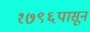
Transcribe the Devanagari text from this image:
१७९६पासून